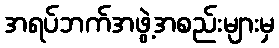
အရပ်ဘက်အဖွဲ့အစည်းများမှ